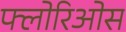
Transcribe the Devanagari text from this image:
फ्लोरिओस